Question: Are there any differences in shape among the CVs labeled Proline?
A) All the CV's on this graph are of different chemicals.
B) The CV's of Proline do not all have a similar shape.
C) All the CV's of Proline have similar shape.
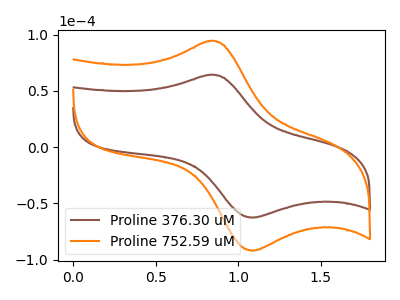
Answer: <think>The brown curve "Proline 376.30 uM" has an anodic peak at (0.85V, 64.20uA) and a cathodic peak at (1.10V, -62.75uA). The orange curve "Proline 752.59 uM" has an anodic peak at (0.85V, 94.30uA) and a cathodic peak at (1.10V, -92.15uA).
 All the peaks in "Proline 376.30 uM" have a peak in "Proline 752.59 uM" at the same potential. Every peak in "Proline 376.30 uM" is lower than every peak in "Proline 752.59 uM".</think>
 <answer>C) All the CV's of "Proline" have similar shape.</answer>
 <eval>C</eval>